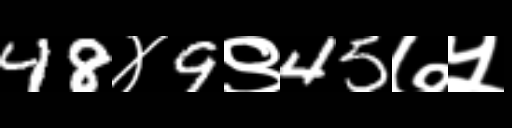
Text: 48४9९45७५